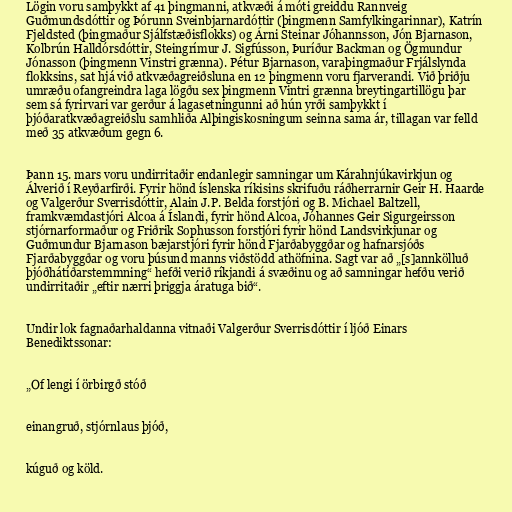
Lögin voru samþykkt af 41 þingmanni, atkvæði á móti greiddu Rannveig
Guðmundsdóttir og Þórunn Sveinbjarnardóttir (þingmenn Samfylkingarinnar), Katrín
Fjeldsted (þingmaður Sjálfstæðisflokks) og Árni Steinar Jóhannsson, Jón Bjarnason,
Kolbrún Halldórsdóttir, Steingrímur J. Sigfússon, Þuríður Backman og Ögmundur
Jónasson (þingmenn Vinstri grænna). Pétur Bjarnason, varaþingmaður Frjálslynda
flokksins, sat hjá við atkvæðagreiðsluna en 12 þingmenn voru fjarverandi. Við þriðju
umræðu ofangreindra laga lögðu sex þingmenn Vintri grænna breytingartillögu þar
sem sá fyrirvari var gerður á lagasetningunni að hún yrði samþykkt í
þjóðaratkvæðagreiðslu samhliða Alþingiskosningum seinna sama ár, tillagan var felld
með 35 atkvæðum gegn 6.

Þann 15. mars voru undirritaðir endanlegir samningar um Kárahnjúkavirkjun og
Álverið í Reyðarfirði. Fyrir hönd íslenska ríkisins skrifuðu ráðherrarnir Geir H. Haarde
og Valgerður Sverrisdóttir, Alain J.P. Belda forstjóri og B. Michael Baltzell,
framkvæmdastjóri Alcoa á Íslandi, fyrir hönd Alcoa, Jóhannes Geir Sigurgeirsson
stjórnarformaður og Friðrik Sophusson forstjóri fyrir hönd Landsvirkjunar og
Guðmundur Bjarnason bæjarstjóri fyrir hönd Fjarðabyggðar og hafnarsjóðs
Fjarðabyggðar og voru þúsund manns viðstödd athöfnina. Sagt var að „[s]annkölluð
þjóðhátíðarstemmning“ hefði verið ríkjandi á svæðinu og að samningar hefðu verið
undirritaðir „eftir nærri þriggja áratuga bið“.

Undir lok fagnaðarhaldanna vitnaði Valgerður Sverrisdóttir í ljóð Einars
Benediktssonar:

„Of lengi í örbirgð stóð

einangruð, stjórnlaus þjóð,

kúguð og köld.